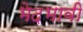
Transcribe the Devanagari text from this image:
भेदभावी